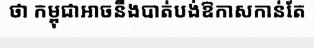
ថា កម្ពុជាអាចនឹងបាត់បង់ឱកាសកាន់តែ